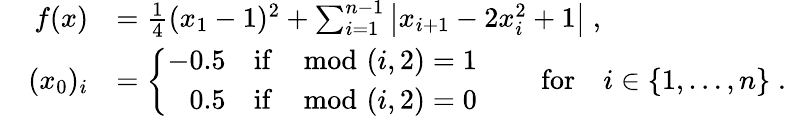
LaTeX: \begin{array}{rl}{f(x)}&{=\frac{1}{4}(x_{1}-1)^{2}+\sum_{i=1}^{n-1}\left|x_{i+1}-2x_{i}^{2}+1\right|\; ,}\\ {\quad(x_{0})_{i}}&{=\left\{ \begin{array}{ll}{-0.5}&{\mathrm{if}\; \mod(i,2)=1}\\ {\phantom{-}0.5}&{\mathrm{if}\; \mod(i,2)=0\; }\end{array}\right.\qquad\mathrm{for}\quad i\in\{ 1,\ldots,n\} \; .}\end{array}